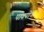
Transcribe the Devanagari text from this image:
पाक्योंग